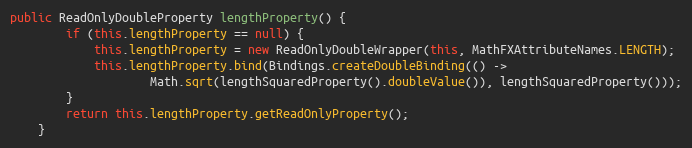
Language: Java
public ReadOnlyDoubleProperty lengthProperty() {
		if (this.lengthProperty == null) {
			this.lengthProperty = new ReadOnlyDoubleWrapper(this, MathFXAttributeNames.LENGTH);
			this.lengthProperty.bind(Bindings.createDoubleBinding(() ->
					Math.sqrt(lengthSquaredProperty().doubleValue()), lengthSquaredProperty()));
		}
		return this.lengthProperty.getReadOnlyProperty();
	}